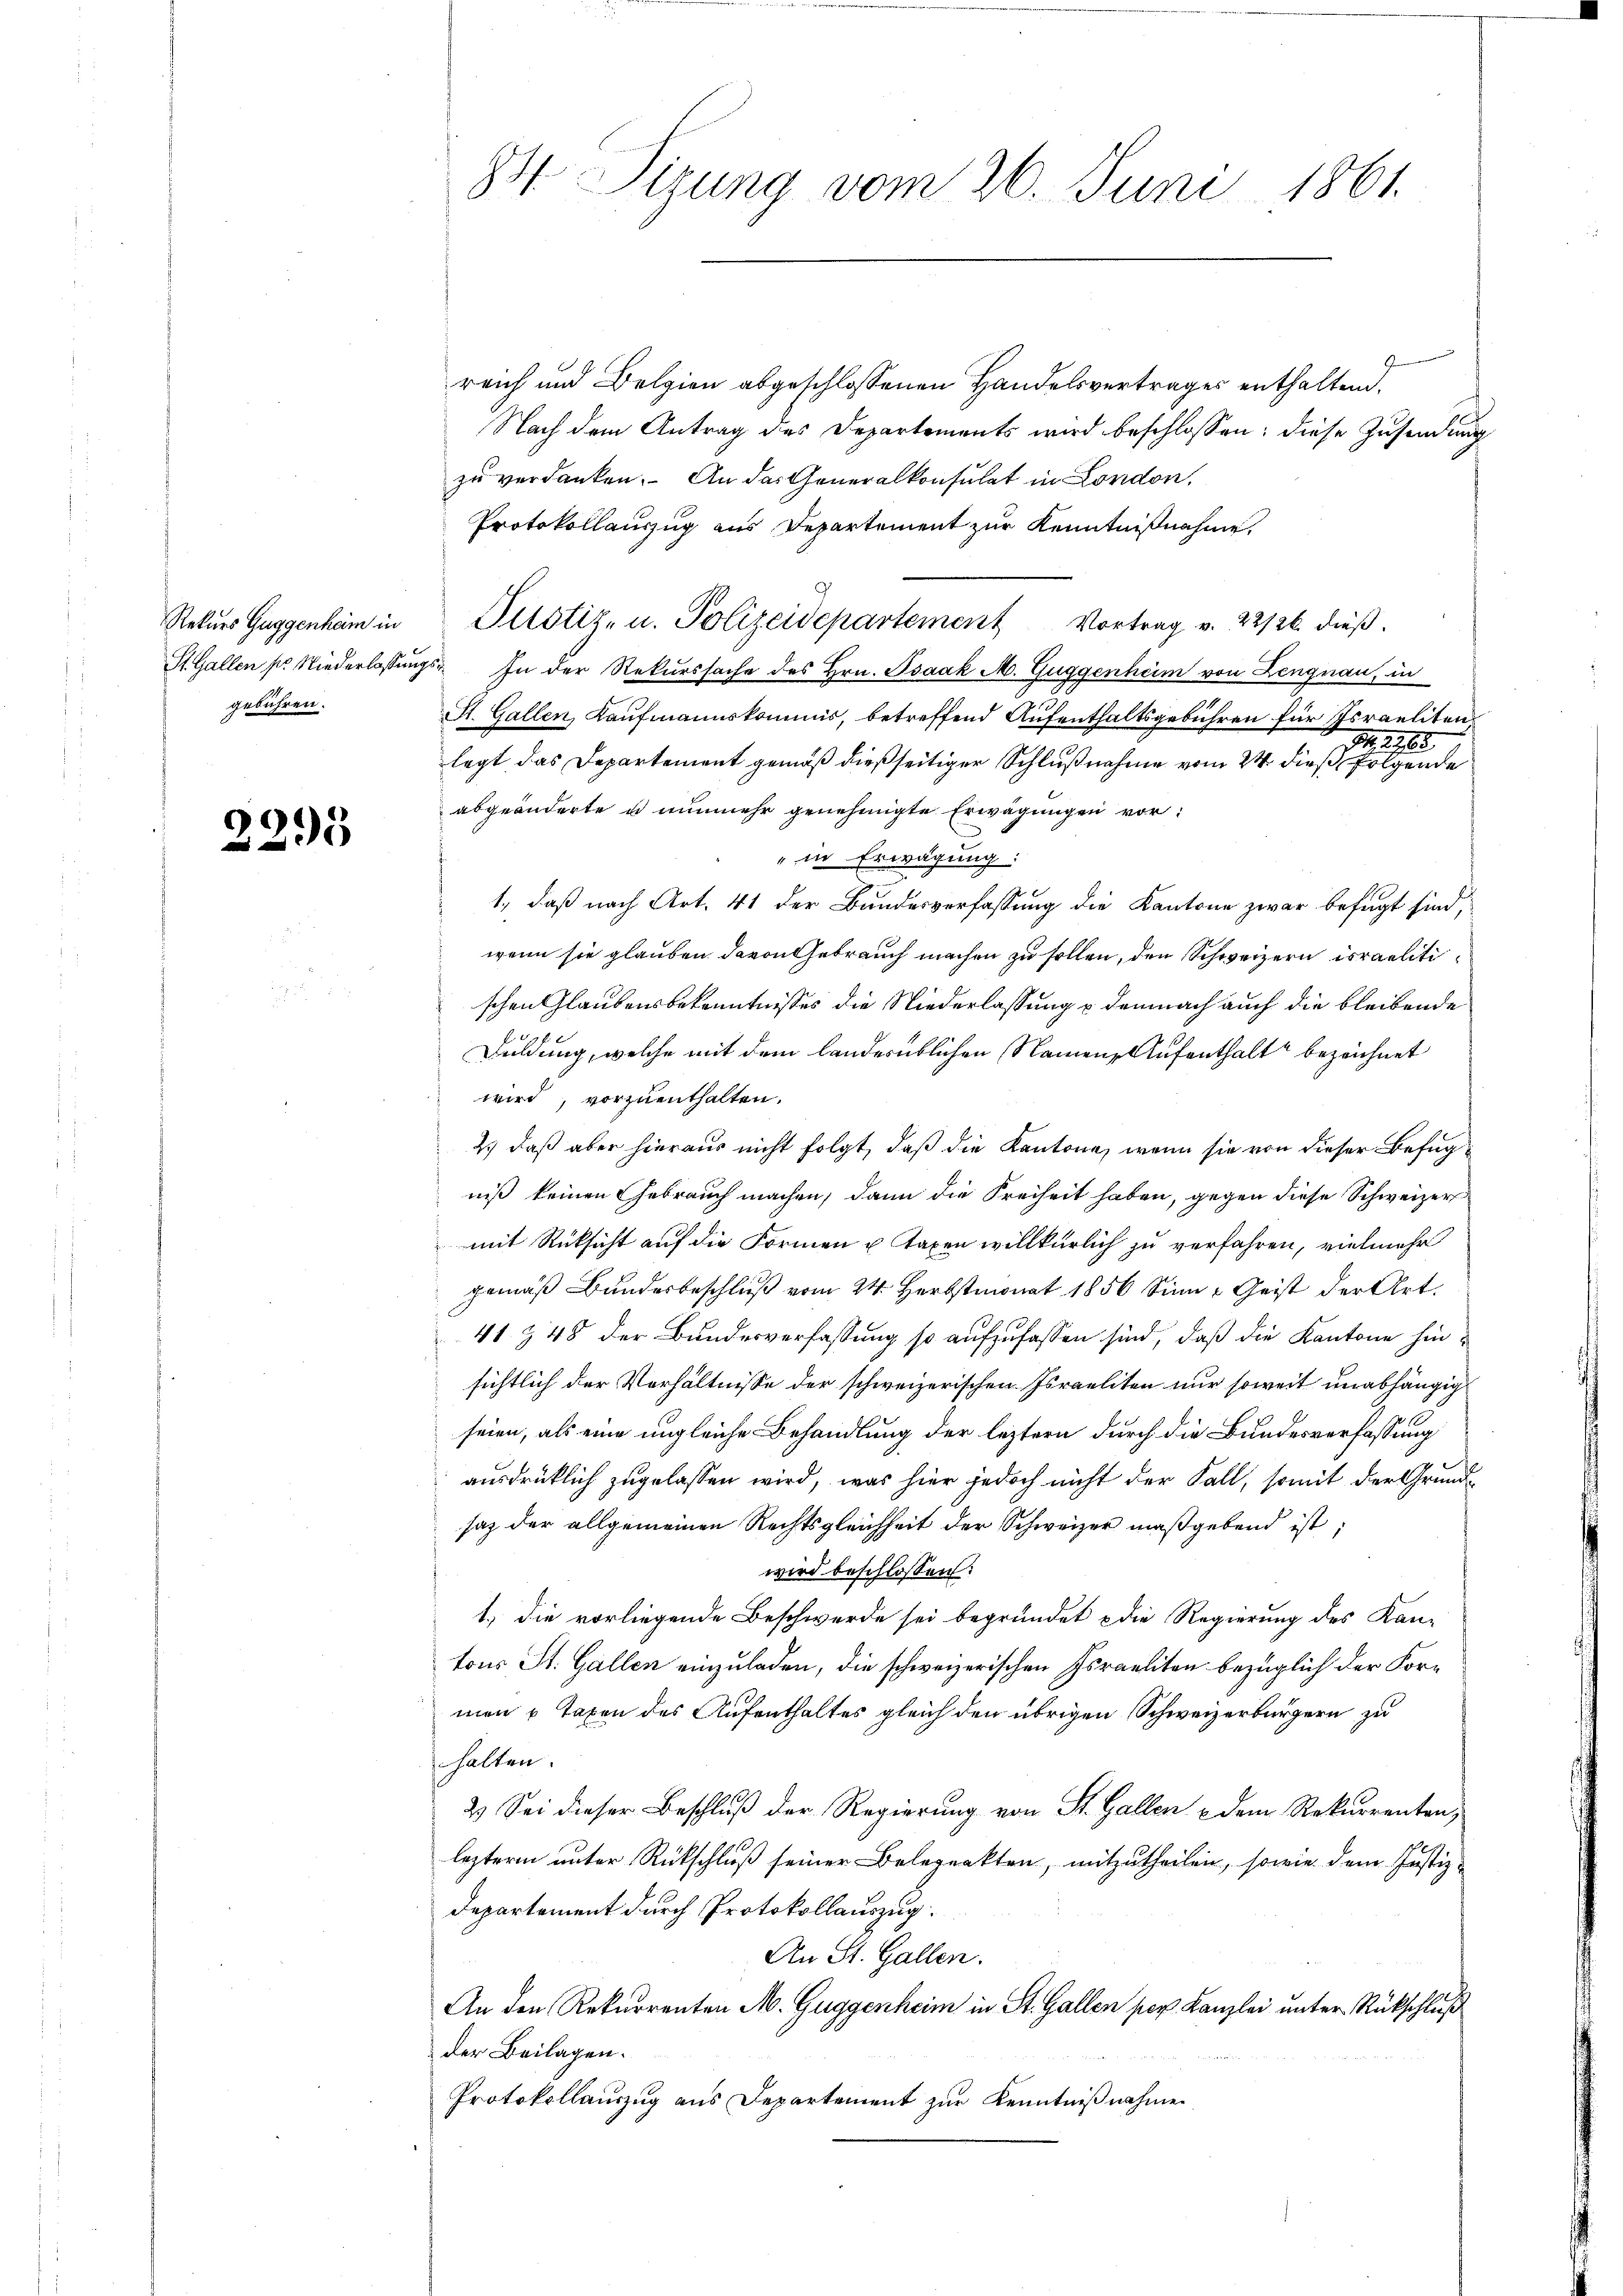
Rekurs Guggenheim in
gebühren.

2295

84 Sizung vom 26. Juni 1861.

reich und Belgien abgeschlossenen Handelsvertrages enthaltend.
Nach dem Antrag des Departements wird beschlossen: diese Zusendung
zu verdanken. An das Generalkonsulat in London,
Protokollauszug aus Departement zur Kenntnißnahme,
Justiz- u. Polizeidepartement Vortrag v. 22126. dieβ.
St. Gallen pr. Niederlassŭngs- In der Rekurssache des Hrn. Isaak M. Guggenheim von Lengnau, in
St. Gallen, Kaufmannskommis, betreffend Aufenthaltsgebühren für Israeliten
Nr. 1788
legt das Departement gemäß dießseitiger Schlußnahme vom 24. dieß folgende
abgeänderte es nunmehr genehmigte Erwägungen vorin Erwägung:
1., daß nach Art. 41 der Bundesverfassung die Kantone zwar befugt sind,
wenn sie glauben davon Gebrauch machen zu sollen, den Schweizern israelitischen Glaubensbekenntnisses die Niederlassung u demnach auch die bleibende
Duldung, welche mit dem landernblichen Namens Aufenthalt bezeichnet
wird, vorzuenthalten.
2) daß aber hieraus nicht folgt, daß die Kantone, wenn sie von dieser Befugniß keinen Gebrauch machen, dann die Freiheit haben, gegen diese Schweizer
mit Rücksicht auf die Formen u. Taxen willkürlich zu verfahren, vielmehr
gemäß Bundesbeschluß vom 24. Herbstmonat 1856 Sinn = Geist der Art.
41 & 48 der Bundesverfassung so aufzufassen sind, daß die Kantone hinsichtlich der Verhältnisse der schweizerischen Israeliten nur soweit unabhängig
seien, als eine ungleiche Behandlung der leztern durch die Bundesverfassung
ausdrücklich zugelassen wird, was hier jedoch nicht der Fall, somit der Grundsaz der allgemeinen Rechtsgleichheit der Schweizer maßgebend ist;
wird beschlossen:
1.) die vorliegende Beschwerde sei begründet & die Regierung des Kan-
tons St. Gallen einzuladen, die schweizerischen Israeliten bezüglich der Formen & Taxen des Aufenthaltes gleich den übrigen Schweizerbürgern zu
halten.
2.) Sei dieser Beschluß der Regierung von St. Gallen & dem Rekurrenten,
lezteren unter Rückschluß seiner Belegenkten, mitzutheilen, sowie dem Justiz¬
Departement durch Protokollauszug.
An St. Gallen.
An den Rekurrenten M. Guggenheim in St. Gallen per Kanzlei unter Rückschluß
der Beilagen.
Protokollauszug aus Departement zur Kenntnißnahmen